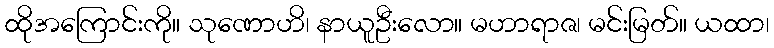
ထိုအကြောင်းကို။ သုဏောဟိ၊ နာယူဦးလော။ မဟာရာဇ၊ မင်းမြတ်။ ယထာ၊